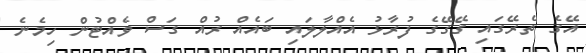
އޭގެ ތެރޭގައި ގޭގޭގެ ފުރާޅު އެއްލާލައި ބައެއް ރުއް ގަސް ވެއްޓުން ހިމެނެ